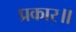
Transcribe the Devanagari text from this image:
प्रकार॥